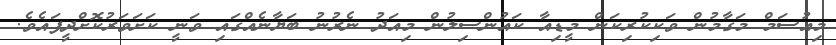
މިއުސަމް މަގާމުން ވަކިކުރިކަން މީޑިއާ ކައުންސިލުން މިއަދު ނެރުނު ބަޔާނެއްގައި ވަނީ ކަށަވަރުކޮށްދީފައެވެ.